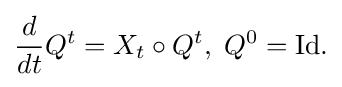
\displaystyle {{\frac {d}{dt}}Q^{t}=X_{t}\circ Q^{t},\;Q^{0}=\mathrm {Id} .}